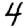
Digit: 4